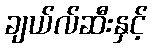
ချယ်လ်ဆီးနှင့်